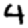
Digit: 4